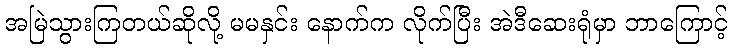
အမြဲသွားကြတယ်ဆိုလို့ မမနှင်း နောက်က လိုက်ပြီး အဲဒီဆေးရုံမှာ ဘာကြောင့်